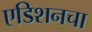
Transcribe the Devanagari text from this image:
एडिशनचा